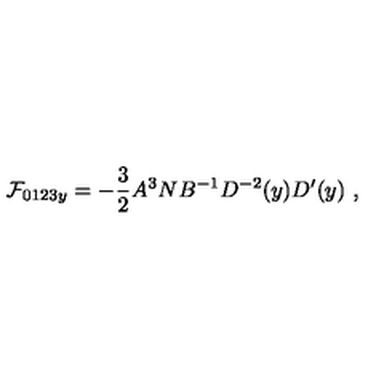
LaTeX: { \cal F } _ { 0 1 2 3 y } = - { \frac { 3 } { 2 } } A ^ { 3 } N B ^ { - 1 } D ^ { - 2 } ( y ) D ^ { \prime } ( y ) \ ,